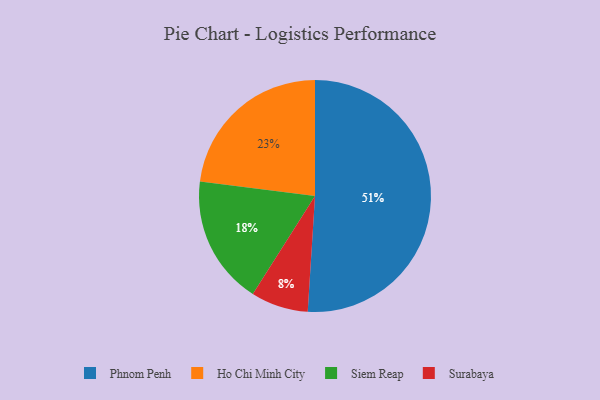
{"axis": {"x": "Category", "y": "Percentage"}, "legend": ["Ho Chi Minh City", "Phnom Penh", "Siem Reap", "Surabaya"], "data": [{"x": "Phnom Penh", "y": 51, "type": "Phnom Penh"}, {"x": "Surabaya", "y": 8, "type": "Surabaya"}, {"x": "Ho Chi Minh City", "y": 23, "type": "Ho Chi Minh City"}, {"x": "Siem Reap", "y": 18, "type": "Siem Reap"}]}